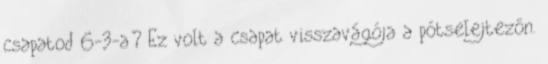
csapatod 6-3-a? Ez volt a csapat visszavágója a pótselejtezőn.